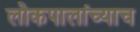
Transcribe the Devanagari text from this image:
लोकपालांच्याच